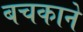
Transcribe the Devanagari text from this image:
बचकाने